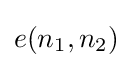
e(n_{1},n_{2})